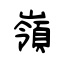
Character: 嶺